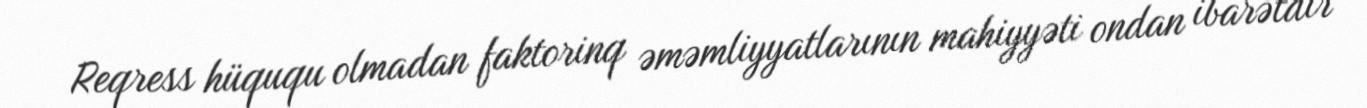
Reqress hüququ olmadan faktorinq əməmliyyatlarının mahiyyəti ondan ibarətdir